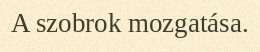
A szobrok mozgatása.